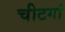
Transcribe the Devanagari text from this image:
चीटगां